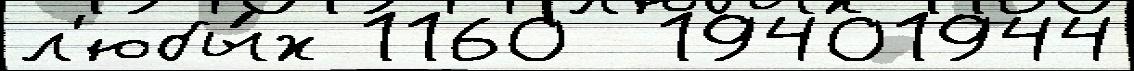
л'юбы́х 1160  19401944